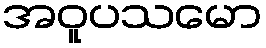
အဝူပသမော